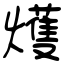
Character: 𤐰